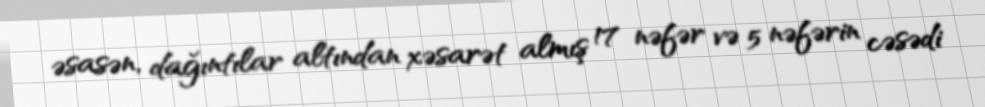
əsasən, dağıntılar altından xəsarət almış 17 nəfər və 5 nəfərin cəsədi